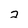
Character: 2